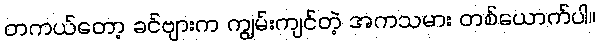
တကယ်တော့ ခင်ဗျားက ကျွမ်းကျင်တဲ့ အကသမား တစ်ယောက်ပါ။